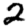
Digit: 2